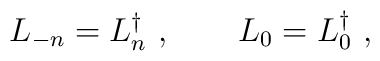
L_{-n} = L_{n}^{\dagger}~,~~~~~~   L_{0} = L_{0}^{\dagger}~,